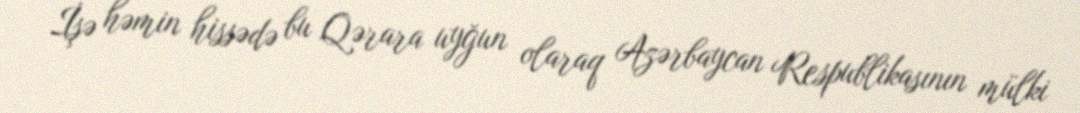
İşə həmin hissədə bu Qərara uyğun olaraq Azərbaycan Respublikasının mülki